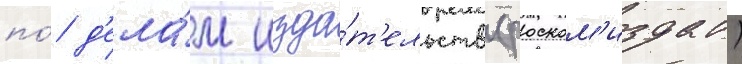
по́ д'ела́м изда́т'ельств (роском'издат)